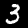
Digit: 3